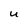
Character: U